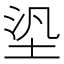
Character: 𡋋